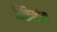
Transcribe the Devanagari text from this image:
सिफ़िस्टोमा